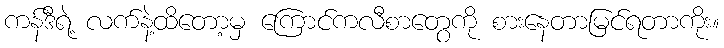
ကန်ဒီရဲ့ လက်နဲ့ထိတော့မှ ကြောင်ကလီစာတွေကို စားနေတာမြင်ရတာကိုး။